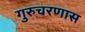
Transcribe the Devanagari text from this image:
गुरुचरणास